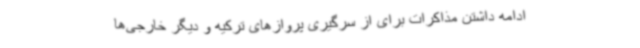
ادامه داشتن مذاکرات برای از سرگیری پروازهای ترکیه و دیگر خارجی‌ها